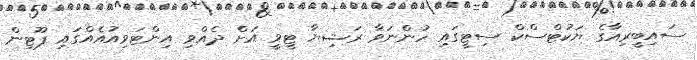
ސައިބީރިއާގެ ޔަކުޓްސްކް ސިޓީގައި ހުންނަވާ ރަޝިޔާ ޓީވީ އަށް ދެއްވި އިންޓަވިއުއެއްގައި ޕޫޓިން